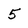
Character: 5